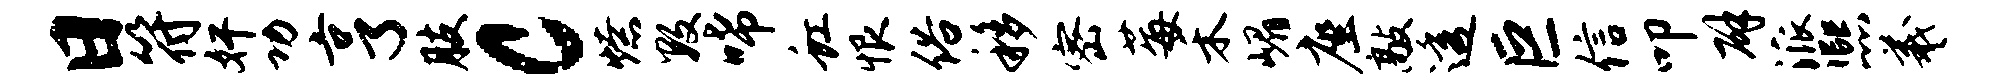
日符奸功亨肢c燎数唏虹恨俗移密莓禾嵋座敲透巨信叩辟派熙羲